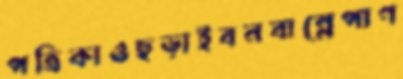
পত্রিকাওছড়াইবনবান্নেপাণ